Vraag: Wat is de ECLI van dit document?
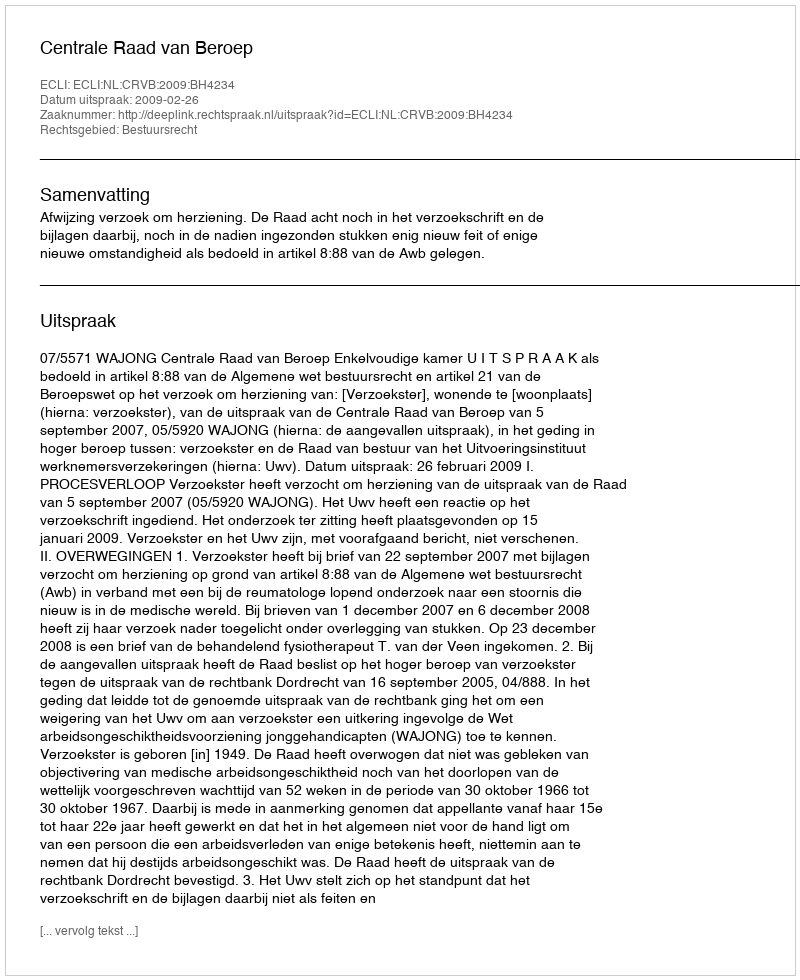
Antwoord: ECLI:NL:CRVB:2009:BH4234